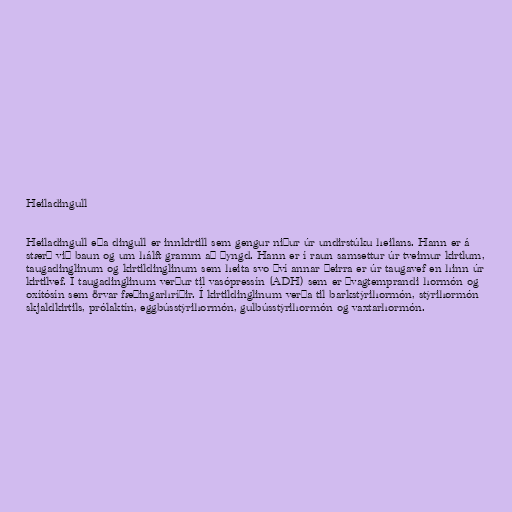
Heiladingull

Heiladingull eða dingull er innkirtill sem gengur niður úr undirstúku heilans. Hann er á
stærð við baun og um hálft gramm að þyngd. Hann er í raun samsettur úr tveimur kirtlum,
taugadinglinum og kirtildinglinum sem heita svo því annar þeirra er úr taugavef en hinn úr
kirtilvef. Í taugadinglinum verður til vasópressín (ADH) sem er þvagtemprandi hormón og
oxítósín sem örvar fæðingarhríðir. Í kirtildinglinum verða til barkstýrihormón, stýrihormón
skjaldkirtils, prólaktín, eggbússtýrihormón, gulbússtýrihormón og vaxtarhormón.